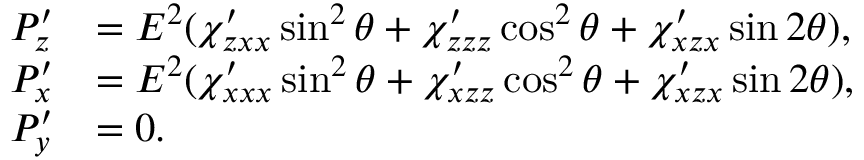
\begin{array} { r l } { P _ { z } ^ { \prime } } & { = E ^ { 2 } ( \chi _ { z x x } ^ { \prime } \sin ^ { 2 } \theta + \chi _ { z z z } ^ { \prime } \cos ^ { 2 } \theta + \chi _ { x z x } ^ { \prime } \sin 2 \theta ) , } \\ { P _ { x } ^ { \prime } } & { = E ^ { 2 } ( \chi _ { x x x } ^ { \prime } \sin ^ { 2 } \theta + \chi _ { x z z } ^ { \prime } \cos ^ { 2 } \theta + \chi _ { x z x } ^ { \prime } \sin 2 \theta ) , } \\ { P _ { y } ^ { \prime } } & { = 0 . } \end{array}